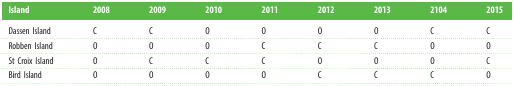
<table><thead><tr><td><b>Island</b></td><td><b>2008</b></td><td><b>2009</b></td><td><b>2010</b></td><td><b>2011</b></td><td><b>2012</b></td><td><b>2013</b></td><td><b>2104</b></td><td><b>2015</b></td></tr></thead><tbody><tr><td>Dassen Island</td><td>C</td><td>C</td><td>O</td><td>O</td><td>O</td><td>O</td><td>C</td><td>C</td></tr><tr><td>Robben Island</td><td>O</td><td>O</td><td>O</td><td>C</td><td>C</td><td>C</td><td>O</td><td>O</td></tr><tr><td>St Croix Island</td><td>O</td><td>C</td><td>C</td><td>C</td><td>O</td><td>O</td><td>O</td><td>C</td></tr><tr><td>Bird Island</td><td>O</td><td>O</td><td>O</td><td>O</td><td>C</td><td>C</td><td>C</td><td>O</td></tr></tbody></table>